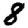
Digit: 8